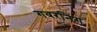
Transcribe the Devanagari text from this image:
गवरनिंग